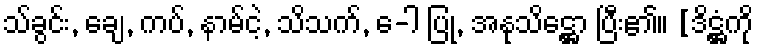
သ်ခွင်း, ချေ, ကပ်, နာမ်ငဲ့, သိသက်, ေ-ါ ပြု, အနုသိဋ္ဌော ပြီး၏။ [ဒိဋ္ဌံကို